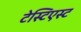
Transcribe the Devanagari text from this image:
टेस्टिएस्ट